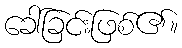
ခေါ်ခြင်းဖြစ်၏။